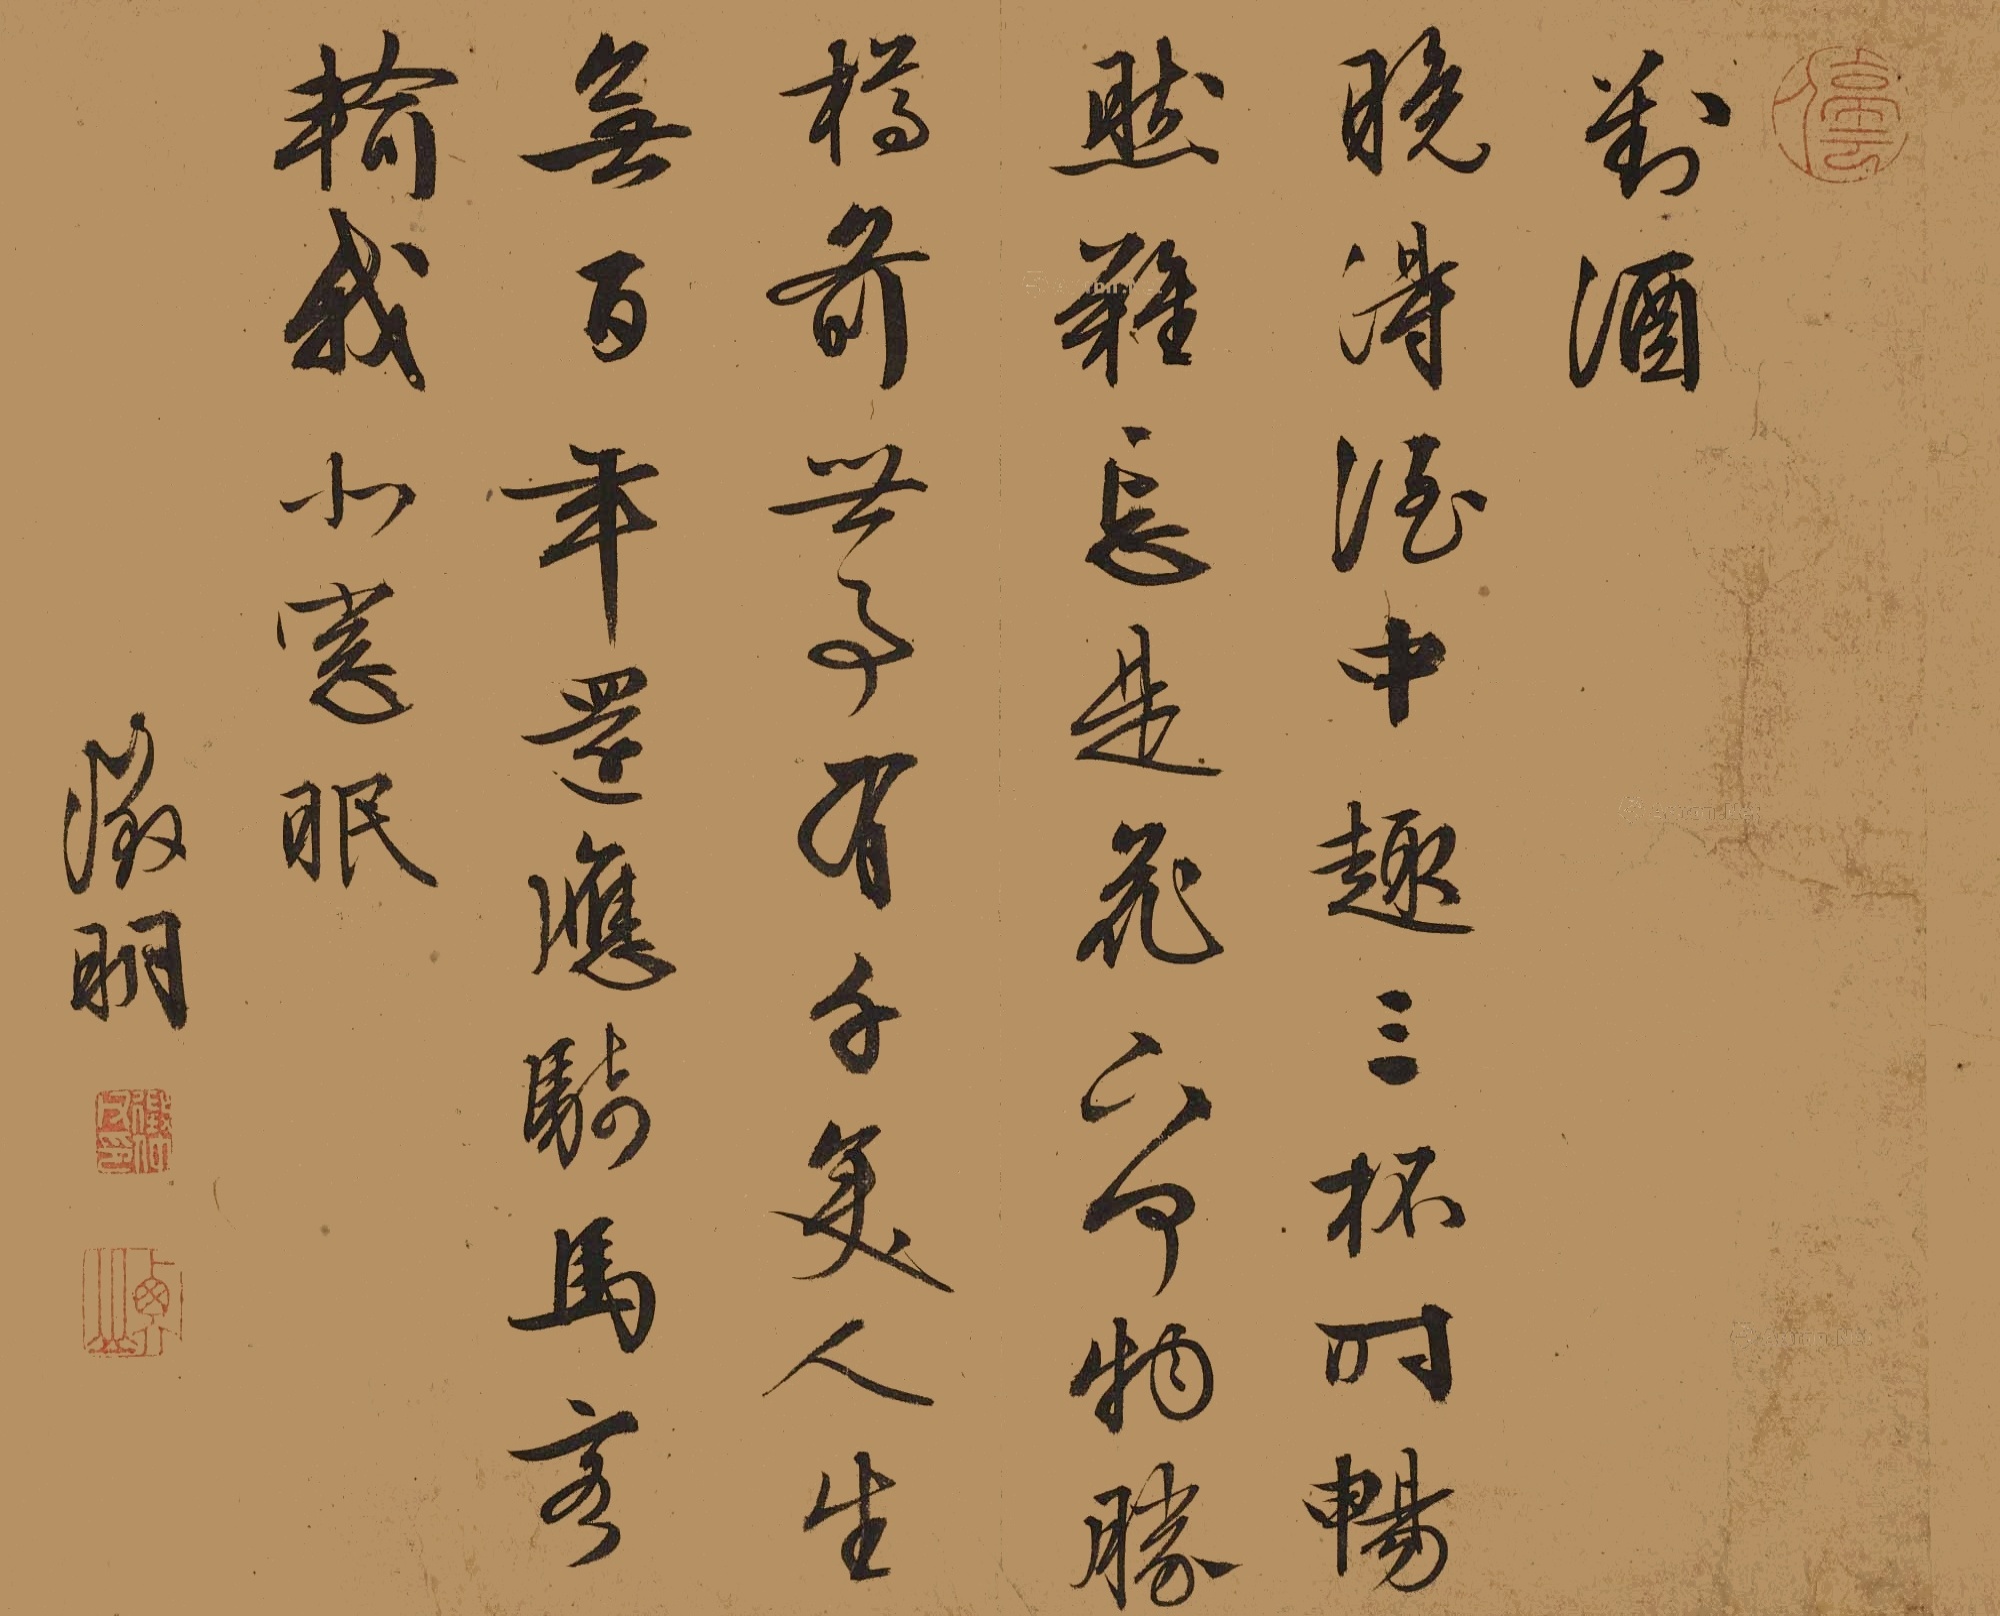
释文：对酒。晚得酒中趣，三杯时畅然。难忘是花下，何物胜樽前。世事有千变，人生无百年。还应骑马客，输我北窗眠。征明。征仲父印、衡山、停云